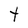
Character: t